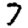
Digit: 7